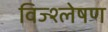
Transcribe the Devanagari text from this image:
विज्श्लेषण